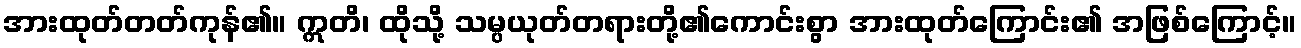
အားထုတ်တတ်ကုန်၏။ ဣတိ၊ ထိုသို့ သမ္ပယုတ်တရားတို့၏ကောင်းစွာ အားထုတ်ကြောင်း၏ အဖြစ်ကြောင့်။